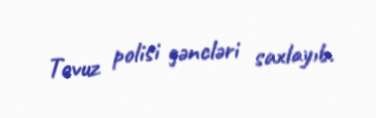
Tovuz polisi gəncləri saxlayıb.